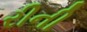
રીની